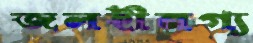
জলহীনগ্য